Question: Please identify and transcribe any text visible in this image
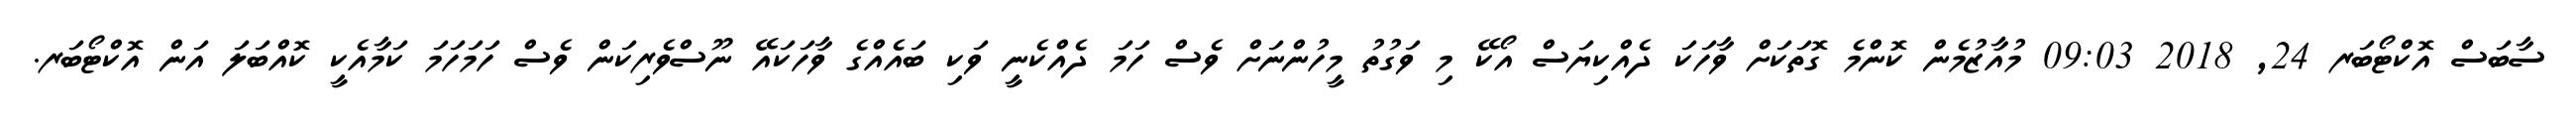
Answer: ސާބަސް އޮކްޓޯބަރ 24, 2018 09:03 މުއާޒުމެން ކޮންމެ ގޮތަކަށް ވާހަކަ ދެއްކިޔަސް އޯކޭ މި ވަގުތު މީހުންނަށް ވެސް ހަމަ ދެއްކެނީ ވަކި ބައެއްގެ ވާހަކައޭ ނޫސްވެރިކަން ވެސް ހަމަހަމަ ކަމާއެކީ ކޮއްބަލަ އަން އޮކްޓޯބަރ.